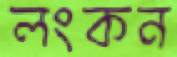
লংকন